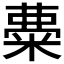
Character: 𥺠